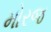
મોરજ